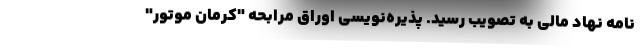
نامه نهاد مالی به تصویب رسید. پذیره‌نویسی اوراق مرابحه "کرمان موتور"